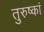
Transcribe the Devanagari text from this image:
तुरुष्कां